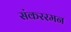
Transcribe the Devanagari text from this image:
संकररमन